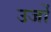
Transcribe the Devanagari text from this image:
उर्जो